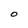
Character: O